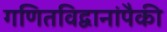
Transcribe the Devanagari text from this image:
गणितविद्वानांपैकी